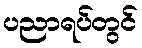
ပညာရပ်တွင်